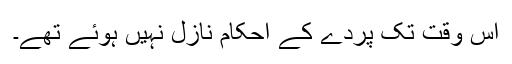
اس وقت تک پردے کے احکام نازل نہیں ہوئے تھے۔